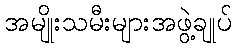
အမျိုးသမီးများအဖွဲ့ချုပ်